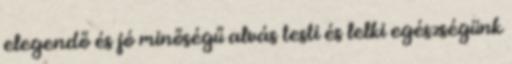
elegendő és jó minőségű alvás testi és lelki egészségünk